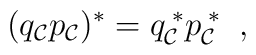
(q_{\cal C} p_{\cal C})^{*}=q_{\cal C}^{\; *} p_{\cal C}^{\; *} \; \; ,